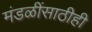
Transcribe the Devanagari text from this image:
मंडळींसाठीही